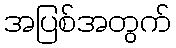
အပြစ်အတွက်